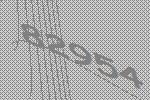
82954